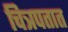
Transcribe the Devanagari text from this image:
चित्रपतात